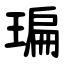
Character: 㻞